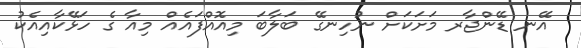
އޭނ ޑޭންޖާރ މަށަކަށް ނުހިނގޭ ބަލާބަ މިއޮއްފައެއް މިއާ ގެ ހަޅޭކާއިއެކު